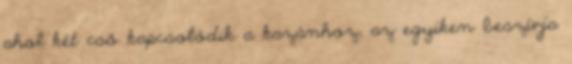
ahol két cső kapcsolódik a kazánhoz, az egyiken beszívja